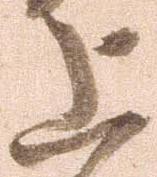
上